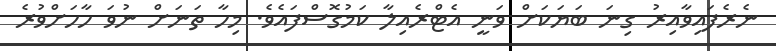
ނެރެފައިވާއިރު ގިނަ ބަޔަކަށް ވަނީ އެޓްރެއިލާ ކަމުގޮސްފައެވެ. މިހާ ތަނަށް ނުވަ ހާހަށްވުރެ